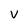
Character: v